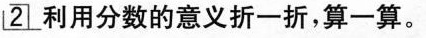
2 利用分数的意义折一折，算一算。